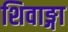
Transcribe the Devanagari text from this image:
शिवाङ्गा